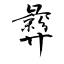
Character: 彜